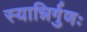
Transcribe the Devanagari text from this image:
स्यान्निर्गुणः